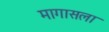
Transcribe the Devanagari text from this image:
मागासला